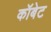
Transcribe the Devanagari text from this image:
कॉबेट